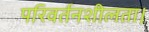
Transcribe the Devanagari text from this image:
परिवर्तनशीलता।